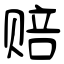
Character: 赔